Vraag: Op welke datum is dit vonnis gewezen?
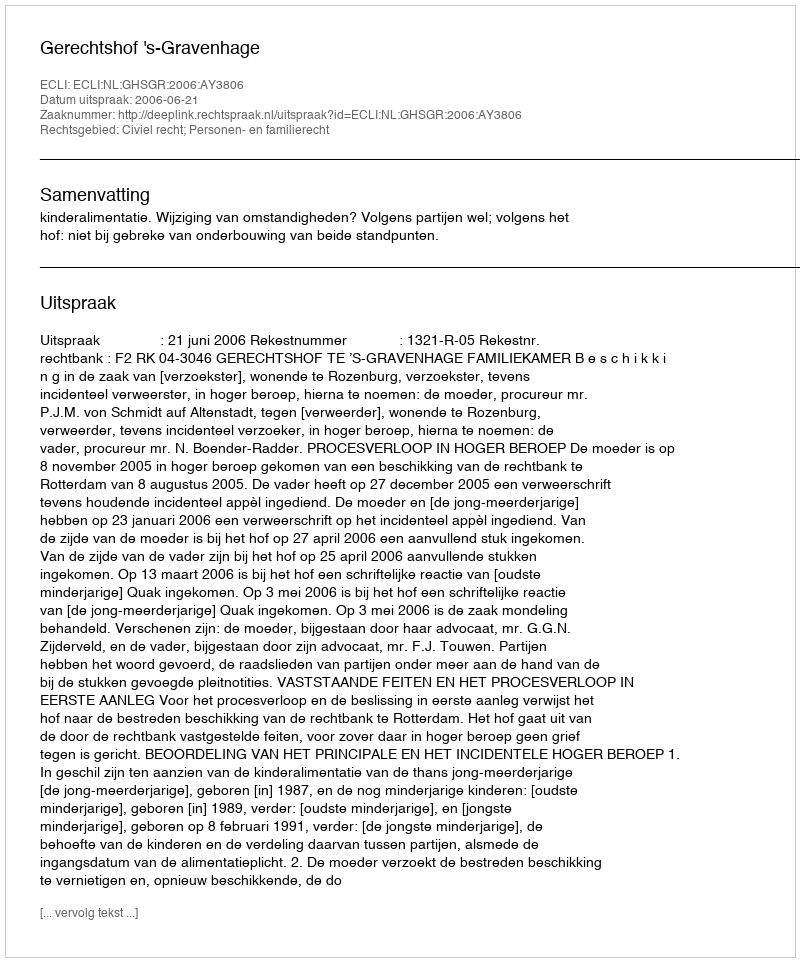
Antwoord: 2006-06-21